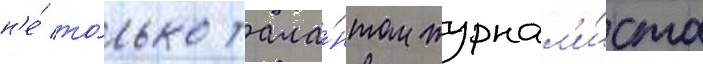
н'е́ то́лько тала́нтом журнал'и́ста